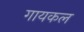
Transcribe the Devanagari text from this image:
गायकल